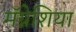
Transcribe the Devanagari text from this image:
मॅग्नेशिया